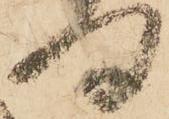
門